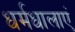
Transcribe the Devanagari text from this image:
धर्मधालाएं